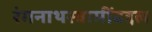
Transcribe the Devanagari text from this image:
रंगनाथस्वामींबद्दल